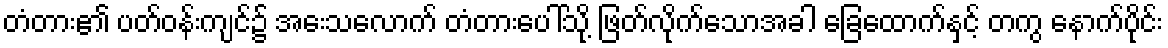
တံတား၏ ပတ်ဝန်းကျင်၌ အေးသလောက် တံတားပေါ်သို့ ဖြတ်လိုက်သောအခါ ခြေထောက်နှင့် တကွ နောက်ပိုင်း